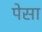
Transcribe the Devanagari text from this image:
पेसा